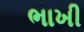
ભાખી